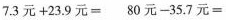
$$7 . 3 元 + 2 3 . 9 元 =$$ $$8 0 元 - 3 5 . 7 元 =$$